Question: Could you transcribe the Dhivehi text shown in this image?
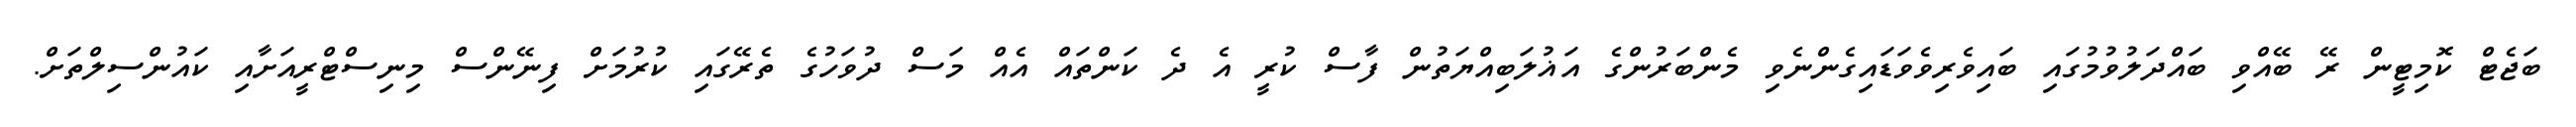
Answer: ބަޖެޓް ކޮމިޓީން ރޭ ބޭއްވި ބައްދަލުވުމުގައި ބައިވެރިވެވަޑައިގެންނެވި މެންބަރުންގެ އަޣުލަބިއްޔަތުން ފާސް ކުރީ އެ ދެ ކަންތައް އެއް މަސް ދުވަހުގެ ތެރޭގައި ކުރުމަށް ފިނޭންސް މިނިސްޓްރީއަށާއި ކައުންސިލްތަށް.